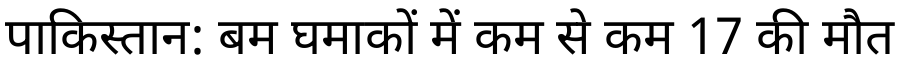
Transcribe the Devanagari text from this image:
पाकिस्तान: बम घमाकों में कम से कम 17 की मौत